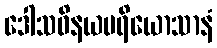
ဒေါသဝိနယပရိယောသာနံ